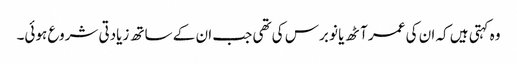
وہ کہتی ہیں کہ ان کی عمر آٹھ یا نو برس کی تھی جب ان کے ساتھ زیادتی شروع ہوئی۔